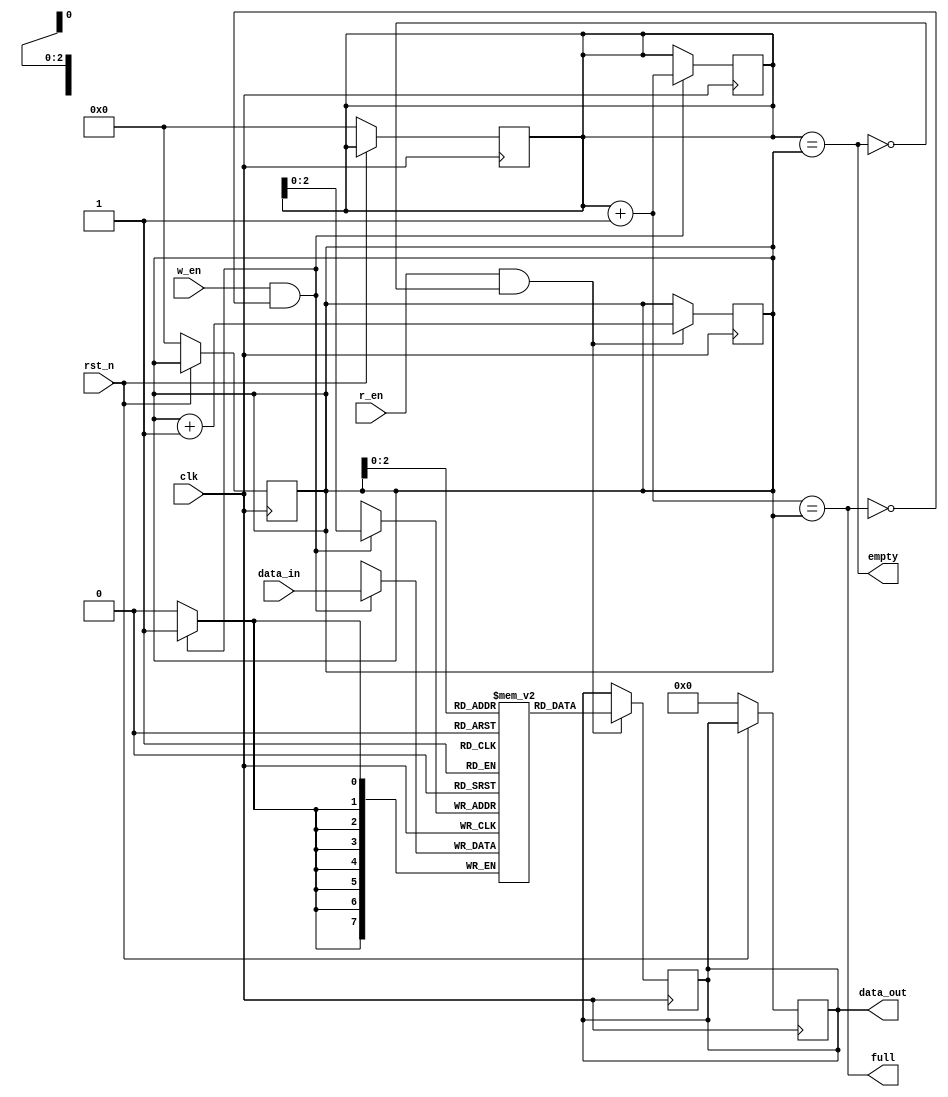
`timescale 1ns / 1ps
//////////////////////////////////////////////////////////////////////////////////
// Company: 
// Engineer: 
// 
// Design Name: 
// Module Name: fifo_sync
// Project Name: 
// Target Devices: 
// Tool Versions: 
// Description: 
// 
// Dependencies: 
// 
// Revision:
// Revision 0.01 - File Created
// Additional Comments:
// 
//////////////////////////////////////////////////////////////////////////////////


module fifo_sync #(parameter DEPTH=8, DATA_WIDTH=8) (
  input clk, rst_n,
  input w_en, r_en,
  input [DATA_WIDTH-1:0] data_in,
  output reg [DATA_WIDTH-1:0] data_out,
  output full, empty
);
  
  reg [3:0] w_ptr, r_ptr;
  reg [DATA_WIDTH-1:0] fifo[DEPTH-1:0];
  
  
  always@(posedge clk) begin
    if(!rst_n) begin
      w_ptr <= 0; r_ptr <= 0;
      data_out <= 0;
    end
  end
  
 
  always@(posedge clk) begin
    if(w_en & !full)begin
      fifo[w_ptr] <= data_in;
      w_ptr <= w_ptr + 1;
    end
  end
  
  
  always@(posedge clk) begin
    if(r_en & !empty) begin
      data_out <= fifo[r_ptr];
      r_ptr <= r_ptr + 1;
    end
  end
  
  assign full = ((w_ptr+1'b1) == r_ptr);
  assign empty = (w_ptr == r_ptr);
endmodule